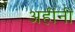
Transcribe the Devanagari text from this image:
अहींनी